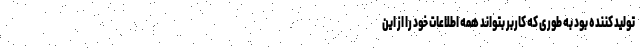
تولید کننده بود به طوری که کاربر بتواند همه اطلاعات خود را از این